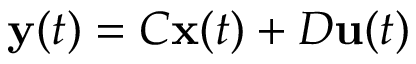
\mathbf { y } ( t ) = C \mathbf { x } ( t ) + D \mathbf { u } ( t )